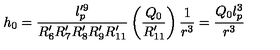
h _ { 0 } = \frac { l _ { p } ^ { \prime 9 } } { R _ { 6 } ^ { \prime } R _ { 7 } ^ { \prime } R _ { 8 } ^ { \prime } R _ { 9 } ^ { \prime } R _ { 1 1 } ^ { \prime } } \left( \frac { Q _ { 0 } } { R _ { 1 1 } ^ { \prime } } \right) \frac { 1 } { r ^ { 3 } } = \frac { Q _ { 0 } l _ { p } ^ { 3 } } { r ^ { 3 } }